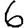
Digit: 6